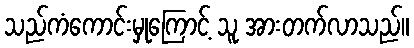
သည်ကံကောင်းမှုကြောင့် သူ အားတက်လာသည်။